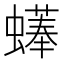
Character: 𧑑